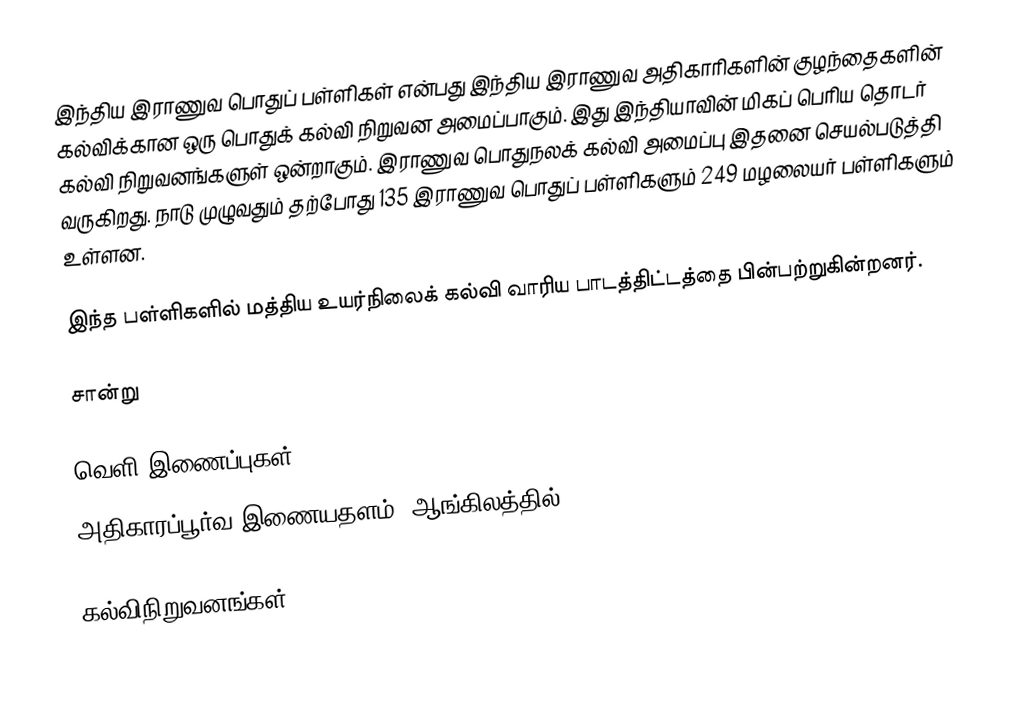
இந்திய இராணுவ பொதுப் பள்ளிகள் என்பது இந்திய இராணுவ அதிகாரிகளின் குழந்தைகளின் கல்விக்கான ஒரு பொதுக் கல்வி நிறுவன அமைப்பாகும். இது இந்தியாவின் மிகப் பெரிய தொடர் கல்வி நிறுவனங்களுள் ஒன்றாகும். இராணுவ பொதுநலக் கல்வி அமைப்பு இதனை செயல்படுத்தி வருகிறது. நாடு முழுவதும் தற்போது 135 இராணுவ பொதுப் பள்ளிகளும் 249 மழலையர் பள்ளிகளும் உள்ளன.

இந்த பள்ளிகளில் மத்திய உயர்நிலைக் கல்வி வாரிய பாடத்திட்டத்தை பின்பற்றுகின்றனர்.

சான்று

வெளி இணைப்புகள்
அதிகாரப்பூர்வ இணையதளம் (ஆங்கிலத்தில்)

கல்விநிறுவனங்கள்